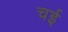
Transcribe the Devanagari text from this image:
चई